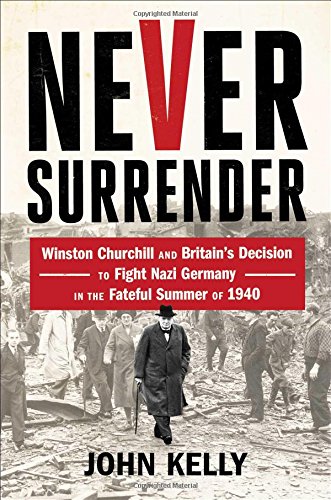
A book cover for Never Surrender: Winston Churchill and Britain's Decision to Fight Nazi Germany in the Fateful Summer of 1940; John Kelly; History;